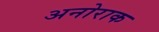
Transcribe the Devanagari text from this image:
अनोराक